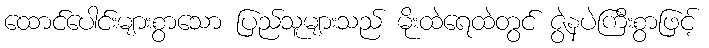
ထောင်ပေါင်းများစွာသော ပြည်သူများသည် မိုးထဲရေထဲတွင် ဇွဲနပဲကြီးစွာဖြင့်